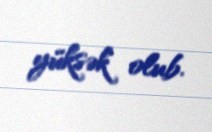
yüksək olub.